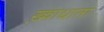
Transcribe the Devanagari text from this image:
ख़्वाधाता